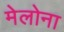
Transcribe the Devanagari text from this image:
मेलोना